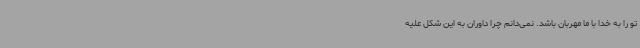
تو را به خدا با ما مهربان باشد. نمی‌دانم چرا داوران به این شکل علیه